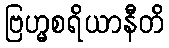
ဗြဟ္မစရိယာနီတိ